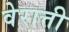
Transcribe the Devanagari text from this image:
वेरात्ती